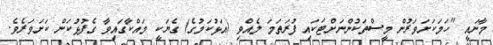
މާނައީ "ހަމަކަށަވަރުން މީސްތަކުންނަށްޓަކައި ފުރަތަމަ ލެއްވި (އަޅުކަމުގެ) ގެޔަކީ މައްކާގައިވާ ގެފުޅުކަން ކަށަވަރެވެ.